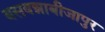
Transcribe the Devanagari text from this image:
बसवन्नाबीजापुर